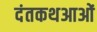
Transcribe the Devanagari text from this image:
दंतकथआओं